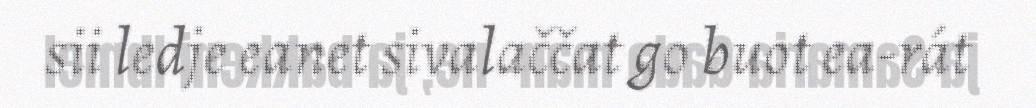
sii ledje eanet sivalaččat go buot ea-rát